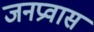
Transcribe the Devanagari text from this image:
जनप्रवास